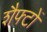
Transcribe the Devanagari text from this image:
शैफ्टों